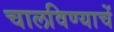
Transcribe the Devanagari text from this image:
चालविण्याचें